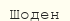
Шоден